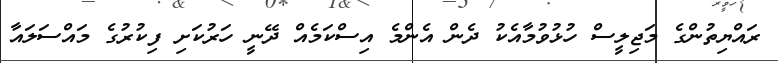
ރައްޔިތުންގެ މަޖިލީސް ހުޅުވުމާއެކު ދެން އެންމެ އިސްކަމެއް ދޭނީ ހަރުކަށި ފިކުރުގެ މައްސަލައާ